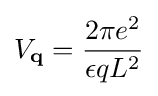
V_{\mathbf {q} }={\frac {2\pi e^{2}}{\epsilon qL^{2}}}